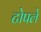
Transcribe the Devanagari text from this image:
टोपले